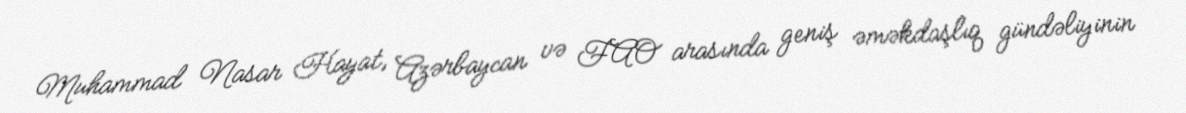
Muhammad Nasar Hayat, Azərbaycan və FAO arasında geniş əməkdaşlıq gündəliyinin